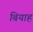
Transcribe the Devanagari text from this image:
बियाह